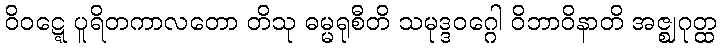
ဝိဝဋ္ဋေ ပူရိတကာလတော တိသု ဓမ္မရုစီတိ သမုဒ္ဒဝဂ္ဂေါ ဝိဘာဝိနာတိ အဇ္ဈဂုတ္ထ